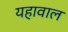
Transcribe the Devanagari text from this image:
यहावाल